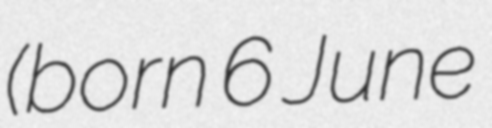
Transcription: (born 6 June